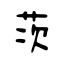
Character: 茨